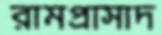
রামপ্রাসাদ